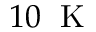
1 0 \; \mathrm { ~ K ~ }